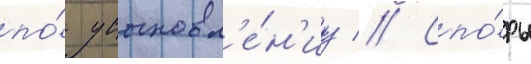
по́ усыновл'е́н'иу // Спо́ры